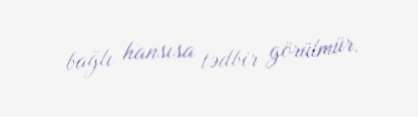
bağlı hansısa tədbir görülmür.